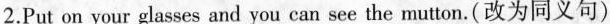
2.Put on your glasses and you can see the mutton.(改为同义句)